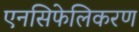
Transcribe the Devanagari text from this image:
एनसिफेलिकरण